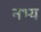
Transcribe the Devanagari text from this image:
नभ्य